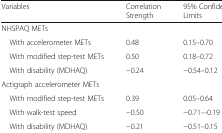
<table><thead><tr><td><b>Variables</b></td><td><b>Correlation Strength</b></td><td><b>95% Confidence Limits</b></td></tr></thead><tbody><tr><td colspan="3">NHSPAQ METs</td></tr><tr><td> With accelerometer METs</td><td>0.48</td><td>0.15–0.70</td></tr><tr><td> With modified step-test METs</td><td>0.50</td><td>0.18–0.72</td></tr><tr><td> With disability (MDHAQ)</td><td>−0.24</td><td>−0.54–0.12</td></tr><tr><td colspan="3">Actigraph accelerometer METs</td></tr><tr><td> With modified step-test METs</td><td>0.39</td><td>0.05–0.64</td></tr><tr><td> With walk-test speed</td><td>−0.50</td><td>−0.71–-0.19</td></tr><tr><td> With disability (MDHAQ)</td><td>−0.21</td><td>−0.51–0.15</td></tr></tbody></table>